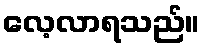
လေ့လာရသည်။